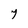
Character: 7